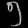
Digit: ၅